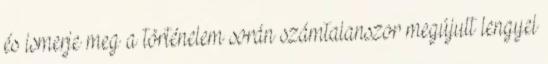
és ismerje meg a történelem során számtalanszor megújult lengyel